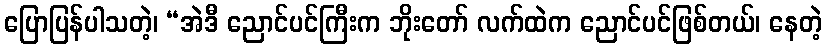
ပြောပြန်ပါသတဲ့၊ “အဲဒီ ညောင်ပင်ကြီးက ဘိုးတော် လက်ထဲက ညောင်ပင်ဖြစ်တယ်၊ နေတဲ့